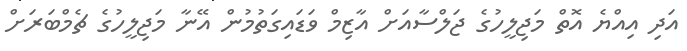
އަދި އިއްޔެ އޮތް މަޖިލީހުގެ ޖަލްސާއަށް އާޒިމް ވަޑައިގަތުމުން އޭނާ މަޖިލީހުގެ ޗެމްބަރަށް